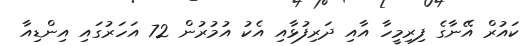
ކައުރް އޭނާގެ ފިރިމީހާ އާއި ދަރިފުޅާއި އެކު އުމުރުން 72 އަހަރުގައި އިންޑިއާ